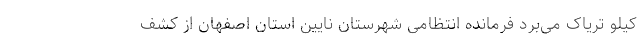
کیلو تریاک می‌برد فرمانده انتظامی شهرستان نایین استان اصفهان از کشف